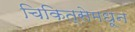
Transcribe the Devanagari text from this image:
चिकित्सेमधून